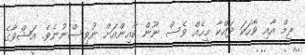
ރީމް އާއި ވާހަކަ ދައްކާ މީހެއް ވެސް ނޫން ކާއިންއަށް ނުވިސްނުނެވެ. އަޝްވާގެ